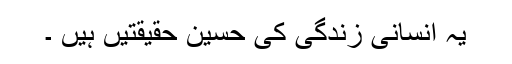
یہ انسانی زندگی کی حسین حقیقتیں ہیں ۔